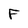
Character: F